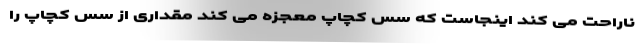
ناراحت می کند اینجاست که سس کچاپ معجزه می کند مقداری از سس کچاپ را